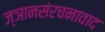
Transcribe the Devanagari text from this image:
ज्ञानसंरचनावाद